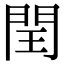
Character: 閏